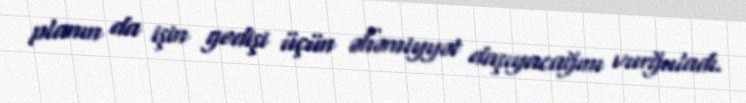
planın da işin gedişi üçün əhəmiyyət daşıyacağını vurğuladı.